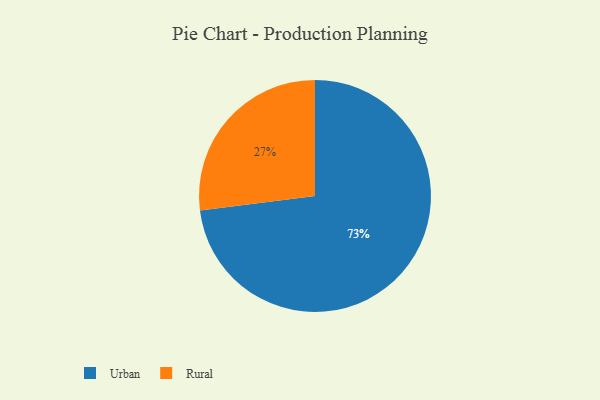
{"axis": {"x": "Category", "y": "Percentage"}, "legend": ["Rural", "Urban"], "data": [{"x": "Urban", "y": 73, "type": "Urban"}, {"x": "Rural", "y": 27, "type": "Rural"}]}